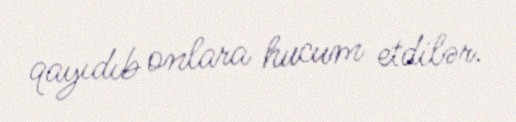
qayıdıb onlara hucum etdilər.